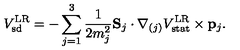
V _ { \mathrm { s d } } ^ { \mathrm { L R } } = - \sum _ { j = 1 } ^ { 3 } { \frac { 1 } { 2 m _ { j } ^ { 2 } } } { \bf S } _ { j } \cdot { \bf \nabla } _ { ( j ) } V _ { \mathrm { s t a t } } ^ { \mathrm { L R } } \times { \bf p } _ { j } .